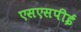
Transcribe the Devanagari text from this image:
एसएसपीई